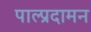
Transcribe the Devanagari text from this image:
पाल्प्रदामन